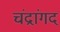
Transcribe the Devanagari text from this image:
चंद्रांगद